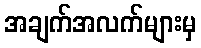
အချက်အလက်များမှ